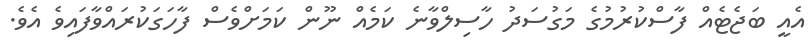
އެއީ ބަޖެޓެއް ފާސްކުރުމުގެ މަގުސަދު ހާސިލްވާނެ ކަމެއް ނޫން ކަމަށްވެސް ފާހަގަކުރައްވާފައިވެ އެވެ.